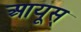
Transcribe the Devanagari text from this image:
आयूस्‌